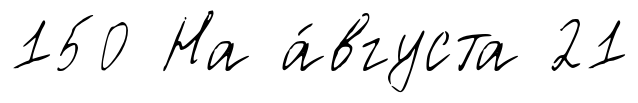
150 На а́вгуста 21